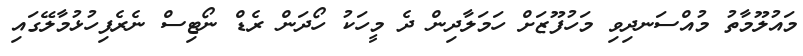
މައުލޫމާތު މުއްސަނދިވި މަހުފޫޒަށް ހަމަލާދިން ދެ މީހަކު ހޯދަން ރެޑް ނޯޓިސް ނެރެފިހުޅުމާލޭގައި